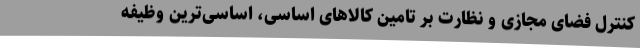
کنترل فضای مجازی و نظارت بر تامین کالاهای اساسی، اساسی‌ترین وظیفه